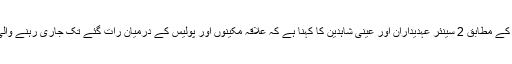
برطانوی خبررساں ادارے ’ رائٹرز‘ کی رپورٹ کے مطابق 2 سینئر عہدیداران اور عینی شاہدین کا کہنا ہے کہ علاقہ مکینوں اور پولیس کے درمیان رات گئے تک جاری رہنے والی جھڑپوں کے باعث دوبارہ پابندی عائد کی گئی۔